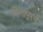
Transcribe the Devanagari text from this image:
सिंगापुरचे